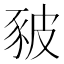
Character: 𧰸